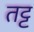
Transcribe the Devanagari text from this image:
तट्ट